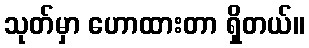
သုတ်မှာ ဟောထားတာ ရှိတယ်။